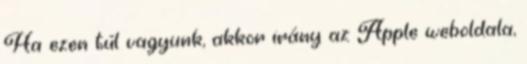
Ha ezen túl vagyunk, akkor irány az Apple weboldala,